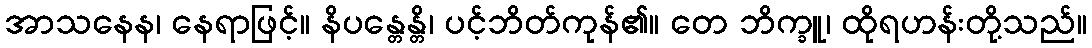
အာသနေန၊ နေရာဖြင့်။ နိပန္တေန္တိ၊ ပင့်ဘိတ်ကုန်၏။ တေ ဘိက္ခူ၊ ထိုရဟန်းတို့သည်။